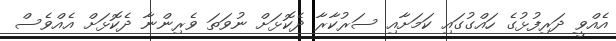
އެއްވީ ދަރިފުޅުގެ ހައްގުގައި ކަމަށާއި ސަރުކާރާ ދެކޮޅަށް ނުވަތަ ވެރިންނާ ދެކޮޅަށް އެއްވެސް